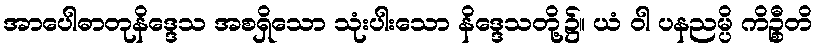
အာပေါဓာတုနိဒ္ဒေသ အစရှိသော သုံးပါးသော နိဒ္ဒေသတို့၌။ ယံ ဝါ ပနညမ္ပိ ကိဉ္စီတိ